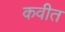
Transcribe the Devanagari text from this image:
कवीत